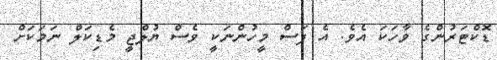
ޑޮކްޓަރުންގެ ވާހަކަ އެވެ. އެ ފަސް މީހުންނަކީ ވެސް ޔުލްޖީ މެޑިކަލް ނަމަކަށް